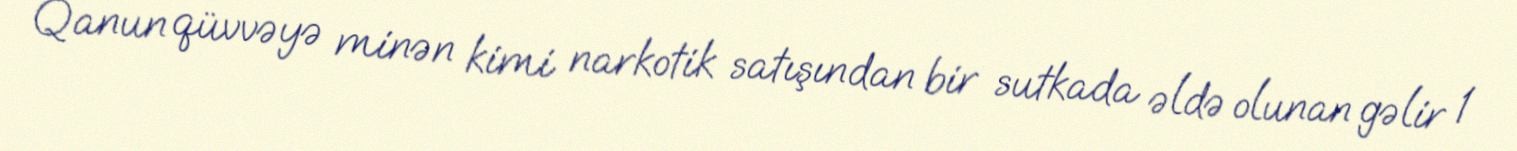
Qanun qüvvəyə minən kimi narkotik satışından bir sutkada əldə olunan gəlir 1